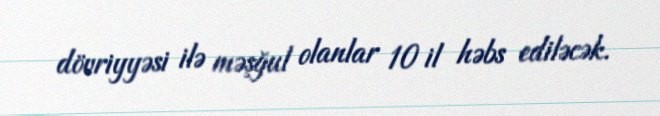
dövriyyəsi ilə məşğul olanlar 10 il həbs ediləcək.